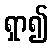
ရှာ၍